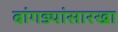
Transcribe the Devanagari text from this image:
बांगड्यांसारखा